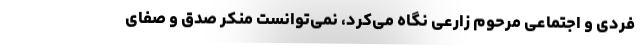
فردی و اجتماعی مرحوم زارعی نگاه می‌کرد، نمی‌توانست منکر صدق و صفای